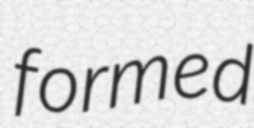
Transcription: formed